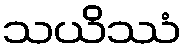
သယိဿံ